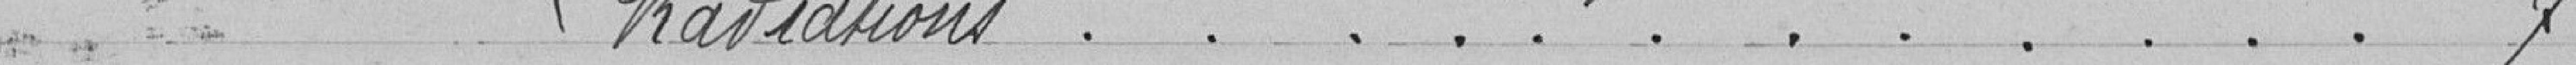
Radiations ............ 7